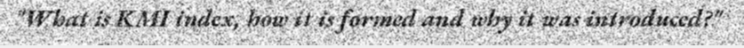
"What is KMI index, how it is formed and why it was introduced?"